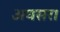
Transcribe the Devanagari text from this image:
अवसर।